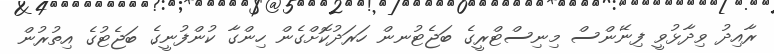
ރާއިދު ވިދާޅުވީ ފިނޭންސް މިނިސްޓްރީގެ ބަޖެޓުނން ހަރަދުކޮށްގެން ހިންގާ ކުންފުނީގެ ބަޖެޓުގެ އިތުރުން